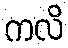
ကလိ